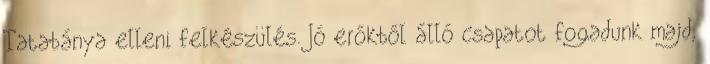
Tatabánya elleni felkészülés. Jó erőkből álló csapatot fogadunk majd,